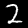
Digit: 2